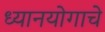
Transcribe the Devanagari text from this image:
ध्यानयोगाचे